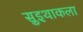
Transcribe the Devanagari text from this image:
सुइथाकला